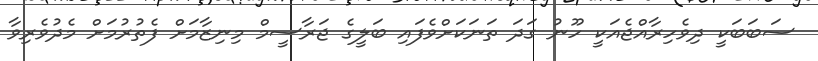
ސަބަބަކީ ދިވެހިރާއްޖެއަކީ ހޫނު ގަދަ ތަނަކަށްވެފައި ބަލީގެ ޖަރާސީމް މިނިޒާމަށް ފެތުރުމަށް މެދުވެރިވާ